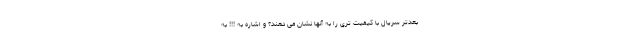
بعدتر سریال با کیفیت تری را به آنها نشان می دهند؟ و اشاره به !!! به